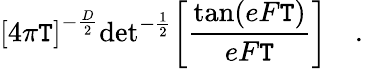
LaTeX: {\lbrack4\pi\mathtt{T}\rbrack}^{-{\frac{{D}}{{2}}}}\mathrm{{det}}^{-{\frac{{1}}{{2}}}}\biggl[{\frac{{\mathrm{{tan}}(eF\mathtt{T})}}{{eF\mathtt{T}}}}\biggr]\quad.\,